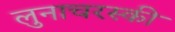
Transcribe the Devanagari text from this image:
लुनाचरस्की